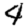
Digit: 4